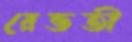
রেভতী